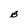
Character: B